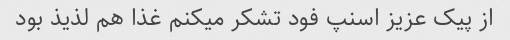
از پیک عزیز اسنپ فود تشکر میکنم غذا هم لذیذ بود